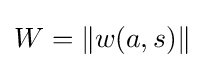
W=\|w(a,s)\|